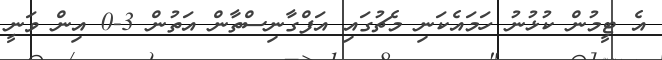
އެ ޓީމުން ކުޅުނު ހަމައެކަނި މެޗުގައި އަފްގާނިސްތާން އަތުން 3-0 އިން ވަނީ